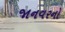
જાનવરનો